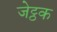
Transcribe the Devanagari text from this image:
जेट्ठक